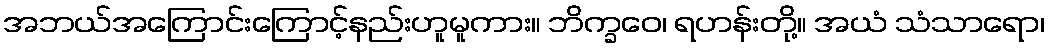
အဘယ်အကြောင်းကြောင့်နည်းဟူမူကား။ ဘိက္ခဝေ၊ ရဟန်းတို့။ အယံ သံသာရော၊